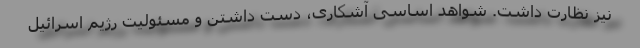
نیز نظارت داشت. شواهد اساسی آشکاری، دست داشتن و مسئولیت رژیم اسرائیل